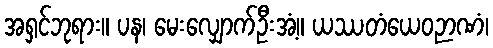
အရှင်ဘုရား။ ပန၊ မေးလျှောက်ဦးအံ့။ ယဿတံယေဝဉာဏံ၊